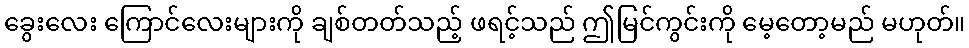
ခွေးလေး ကြောင်လေးများကို ချစ်တတ်သည့် ဖရင့်သည် ဤမြင်ကွင်းကို မေ့တော့မည် မဟုတ်။